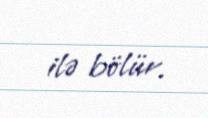
ilə bölür.